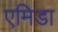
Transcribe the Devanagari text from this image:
एमिडा